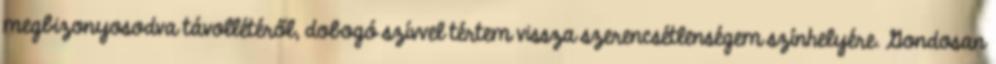
megbizonyosodva távollétéről, dobogó szívvel tértem vissza szerencsétlenségem színhelyére. Gondosan